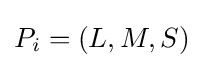
P_{i}=(L,M,S)